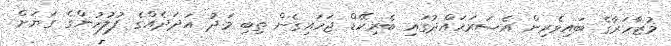
މުޒާހަރާގެ ބައިވެރިން އެސަރަހައްދުގައި ބެރިކޭޑް ޖަހައިގެން ތިބި މަދު އަދަދެއްގެ ފުލުހުންގެ ގަޔަށް